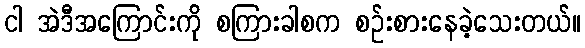
ငါ အဲဒီအကြောင်းကို စကြားခါစက စဉ်းစားနေခဲ့သေးတယ်။